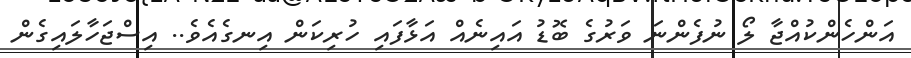
އަންހެންކުއްޖާ ލޯ ނުފެންނަ ވަރުގެ ބޮޑު އައިނެއް އަޅާފައި ހުރިކަން އިނގެއެވެ.. އިސްޖަހާލައިގެން